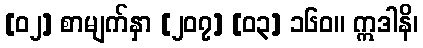
[၀၂] စာမျက်နှာ [၂၀၇] [၀၃] ၁၆၀။ ဣဒါနိ၊